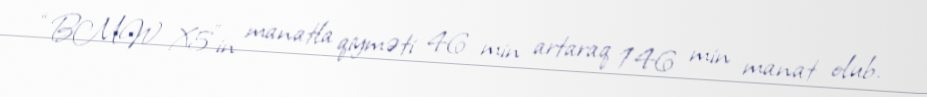
“BMW X5”in manatla qiyməti 46 min artaraq 146 min manat olub.